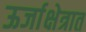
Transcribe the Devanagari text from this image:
ऊर्जाक्षेत्रात